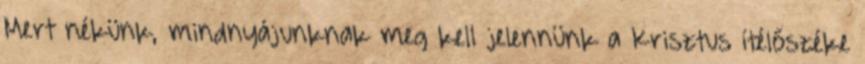
Mert nékünk, mindnyájunknak meg kell jelennünk a Krisztus ítélőszéke